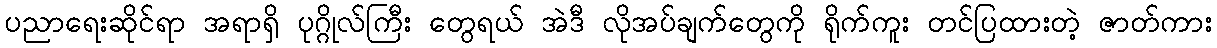
ပညာရေးဆိုင်ရာ အရာရှိ ပုဂ္ဂိုလ်ကြီး တွေရယ် အဲဒီ လိုအပ်ချက်တွေကို ရိုက်ကူး တင်ပြထားတဲ့ ဇာတ်ကား